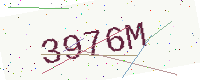
Text: 3976M